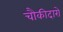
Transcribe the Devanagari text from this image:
चौकीदारो